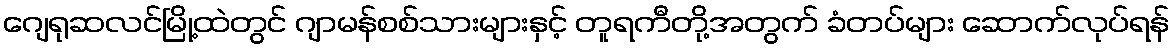
ဂျေရုဆလင်မြို့ထဲတွင် ဂျာမန်စစ်သားများနှင့် တူရကီတို့အတွက် ခံတပ်များ ဆောက်လုပ်ရန်